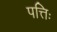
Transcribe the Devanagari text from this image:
पत्तिः